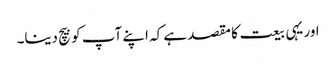
اور یہی بیعت کا مقصد ہے کہ اپنے آپ کو بیچ دینا۔